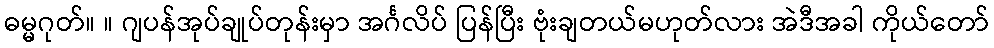
ဓမ္မဂုတ်။ ။ ဂျပန်အုပ်ချုပ်တုန်းမှာ အင်္ဂလိပ် ပြန်ပြီး ဗုံးချတယ်မဟုတ်လား အဲဒီအခါ ကိုယ်တော်